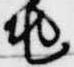
兆